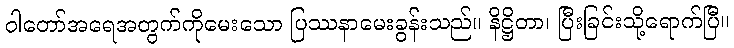
ဝါတော်အရေအတွက်ကိုမေးသော ပြဿနာမေးခွန်းသည်။ နိဋ္ဌိတာ၊ ပြီးခြင်းသို့ရောက်ပြီ။